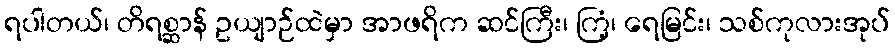
ရပါတယ်၊ တိရစ္ဆာန် ဥယျာဉ်ထဲမှာ အာဖရိက ဆင်ကြီး၊ ကြံ့၊ ရေမြင်း၊ သစ်ကုလားအုပ်